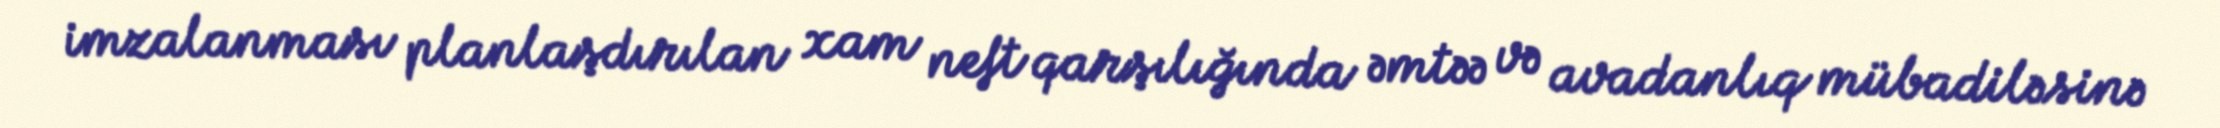
imzalanması planlaşdırılan xam neft qarşılığında əmtəə və avadanlıq mübadiləsinə